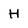
Character: H